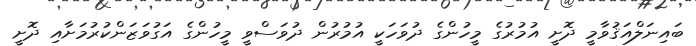
ބައިނަލްއަޤުވާމީ ދޮށީ އުމުރުގެ މީހުންގެ ދުވަހަކީ އުމުރުން ދުވަސްވީ މީހުންގެ އަގުވަޒަންކުރުމަށާއި ދޮށީ